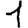
Digit: 1